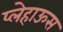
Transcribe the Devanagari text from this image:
प्लेहाऊस